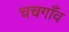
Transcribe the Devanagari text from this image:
चचगाँव